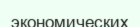
экономических